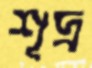
শূদ্র